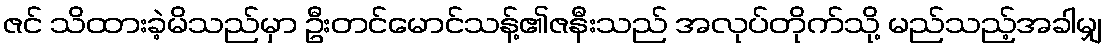
ဇင် သိထားခဲ့မိသည်မှာ ဦးတင်မောင်သန့်၏ဇနီးသည် အလုပ်တိုက်သို့ မည်သည့်အခါမျှ